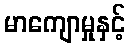
မာကျောမှုနှင့်